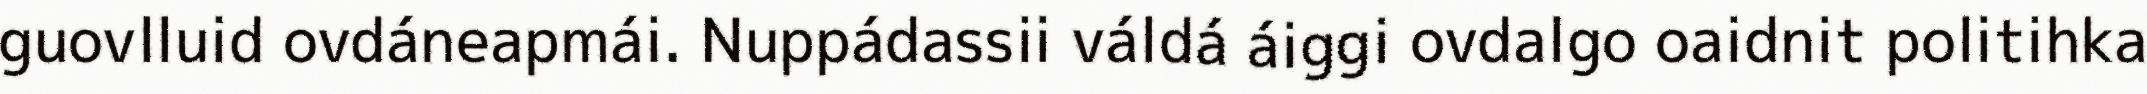
guovlluid ovdáneapmái. Nuppádassii váldá áiggi ovdalgo oaidnit politihka